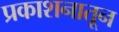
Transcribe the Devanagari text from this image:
प्रकाशनातून